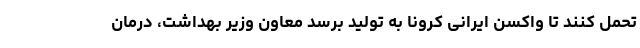
تحمل کنند تا واکسن ایرانی کرونا به تولید برسد معاون وزیر بهداشت، درمان